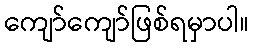
ကျော်ကျော်ဖြစ်ရမှာပါ။